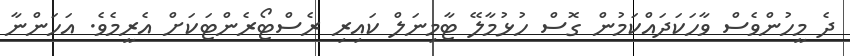
ދެ މީހުންވެސް ވާހަކަދައްކަމުން ގޮސް ހުޅުމާލޭ ޓާމިނަލް ކައިރި ރެސްޓޯރެންޓަކަށް އެރީމެވެ. އަހަންނާ